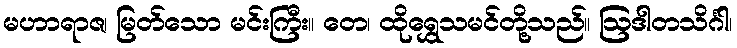
မဟာရာဇ၊ မြတ်သော မင်းကြီး။ တေ၊ ထိုရွှေသမင်တို့သည်။ ဩဒါတသိင်္ဂါ၊